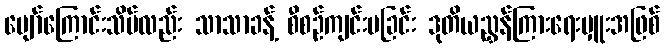
ပျော်ကြောင်းသိပ်လည်း သာသာခန့် စီစဉ်ကျင်းပခြင်း ဒုတိယညွှန်ကြားရေးမှူးအဖြစ်